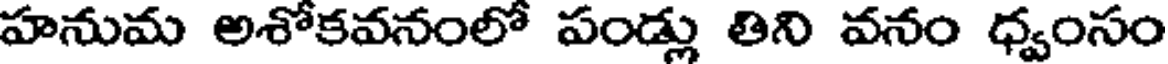
హనుమ అశోకవనంలో పండ్లు తిని వనం ధ్వంసం